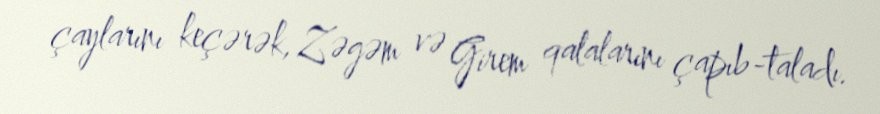
çaylarını keçərək, Zəgəm və Girem qalalarını çapıb-taladı.